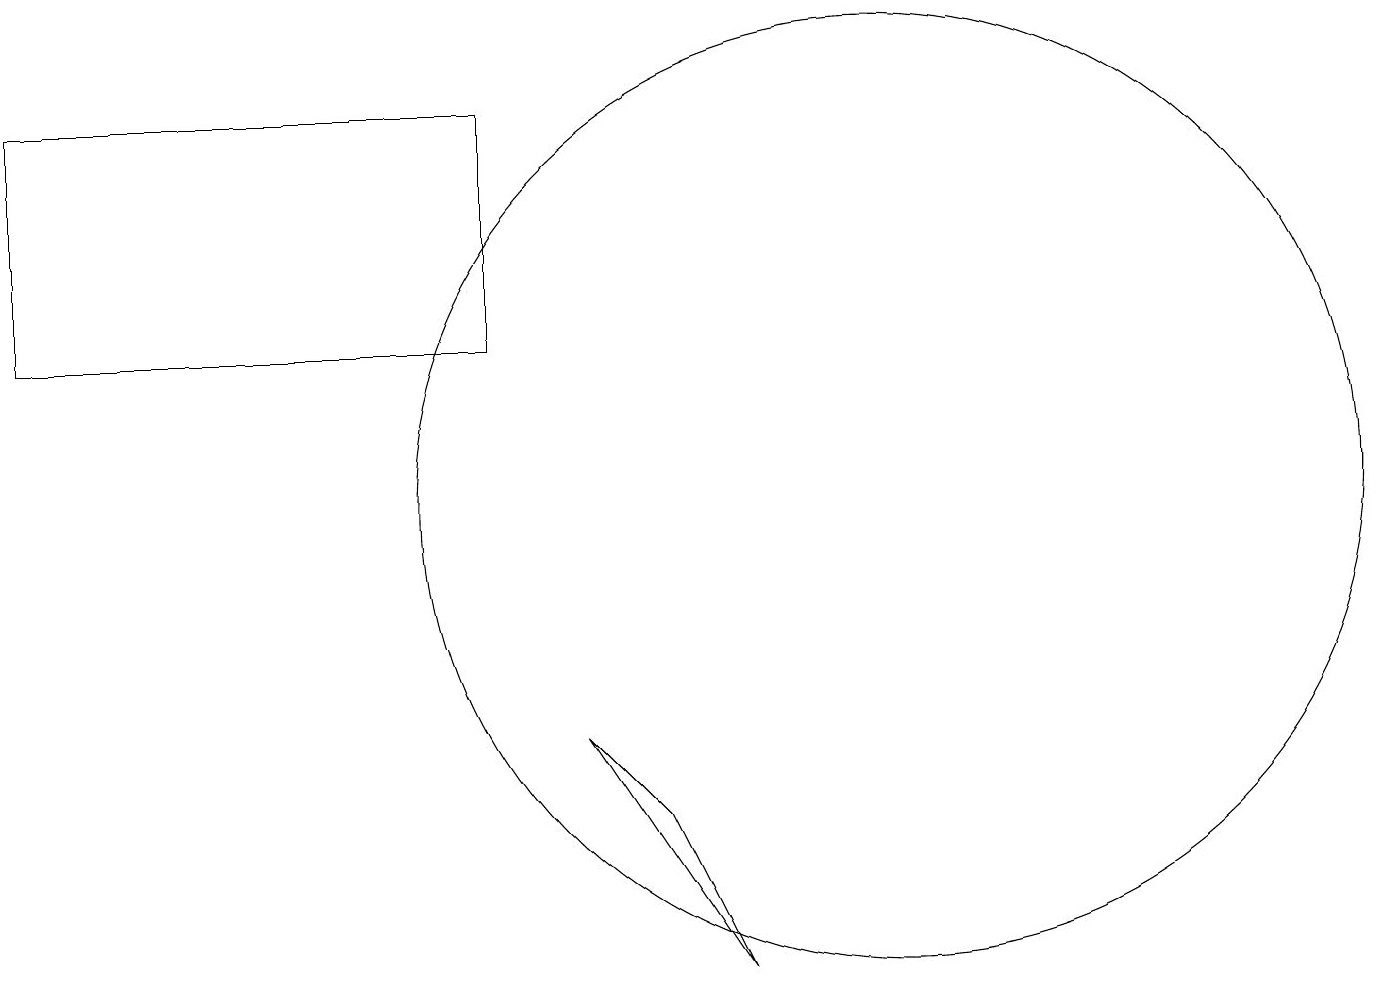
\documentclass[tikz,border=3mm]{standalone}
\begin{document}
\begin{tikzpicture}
\draw (0,12) rectangle (6,15);
\draw (9,4) -- (8,6) -- (7,7) -- cycle;
\draw (11,10) circle (6);
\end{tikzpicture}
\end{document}